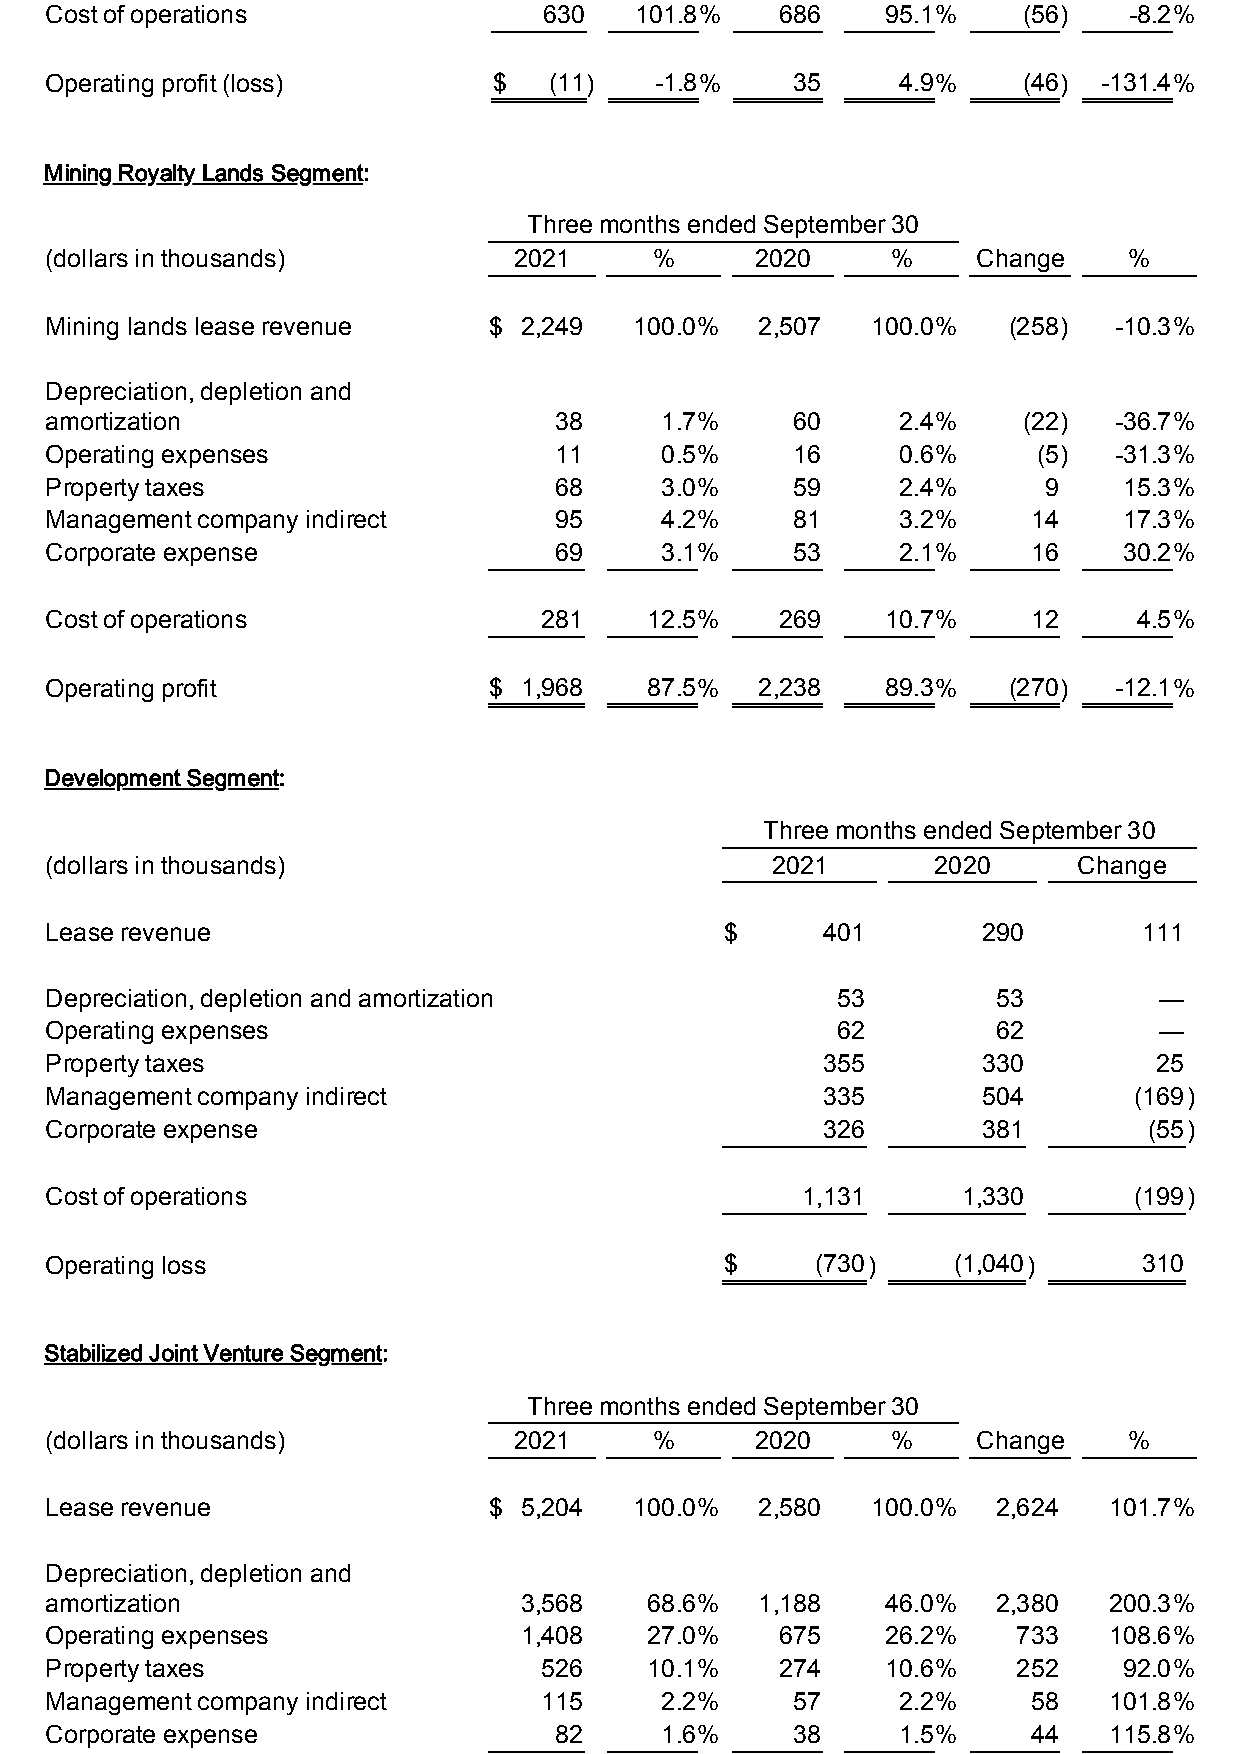
Cost of operations               630   101.8%    686    95.1%    (56)   -8.2%
 Operating profit (loss)       $  (11)   -1.8%    35      4.9%    (46) -131.4%
 Mining Royalty Lands Segment:
 Three months ended September 30
 (dollars in thousands)         2021     %      2020     %     Change    %
 Mining lands lease revenue   $ 2,249   100.0%  2,507   100.0%   (258)  -10.3%
 Depreciation, depletion and
 amortization                      38     1.7%    60      2.4%    (22)  -36.7%
 Operating expenses                11     0.5%    16      0.6%     (5)  -31.3%
 Property taxes                    68     3.0%    59      2.4%     9    15.3%
 Management company indirect       95     4.2%    81      3.2%    14    17.3%
 Corporate expense                 69     3.1%    53      2.1%    16    30.2%
 Cost of operations               281    12.5%    269    10.7%    12     4.5%
 Operating profit             $ 1,968    87.5%  2,238    89.3%   (270)  -12.1%
 Development Segment:
 Three months ended September 30
 (dollars in thousands)                          2021       2020     Change
 Lease revenue                                $     401        290        111
 Depreciation, depletion and amortization            53         53         —
 Operating expenses                                  62         62         —
 Property taxes                                     355        330        25
 Management company indirect                        335        504       (169)
 Corporate expense                                  326        381        (55)
 Cost of operations                                1,131      1,330      (199)
 Operating loss                               $     (730)    (1,040)      310
 Stabilized Joint Venture Segment:
 Three months ended September 30
 (dollars in thousands)         2021     %      2020     %     Change    %
 Lease revenue                $ 5,204   100.0%  2,580   100.0%  2,624  101.7%
 Depreciation, depletion and
 amortization                   3,568    68.6%  1,188    46.0%  2,380  200.3%
 Operating expenses             1,408    27.0%    675    26.2%   733   108.6%
 Property taxes                   526    10.1%    274    10.6%   252    92.0%
 Management company indirect      115     2.2%    57      2.2%    58   101.8%
 Corporate expense                 82     1.6%    38      1.5%    44   115.8%